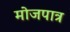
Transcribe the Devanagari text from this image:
मोजपात्र